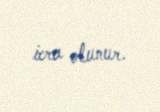
icra olunur.